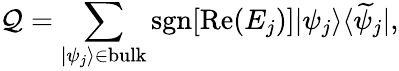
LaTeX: {\cal Q}=\sum_{|\psi_{j}\rangle\in\mathrm{bulk}}\mathrm{sgn}[\mathrm{Re}(E_{j})]|\psi_{j}\rangle\langle\widetilde{\psi}_{j}|,